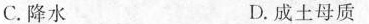
C.降水 D.成土母质